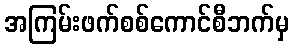
အကြမ်းဖက်စစ်ကောင်စီဘက်မှ